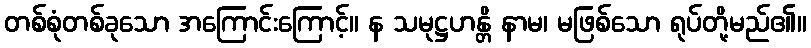
တစ်စုံတစ်ခုသော အကြောင်းကြောင့်။ န သမုဋ္ဌဟန္တိ နာမ၊ မဖြစ်သော ရုပ်တို့မည်၏။